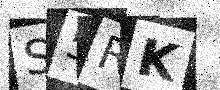
Text: S5RK